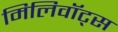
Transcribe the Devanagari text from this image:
मिलिवॉट्स